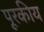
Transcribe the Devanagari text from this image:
पूरकीय